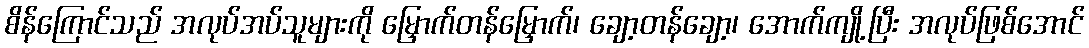
စိန်ကြောင်သည် အလုပ်အပ်သူများကို မြှောက်တန်မြှောက်၊ ချော့တန်ချော့၊ အောက်ကျို့ပြီး အလုပ်ဖြစ်အောင်